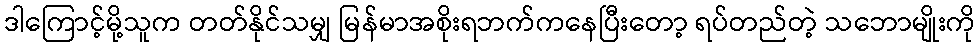
ဒါကြောင့်မို့သူက တတ်နိုင်သမျှ မြန်မာအစိုးရဘက်ကနေပြီးတော့ ရပ်တည်တဲ့ သဘောမျိုးကို